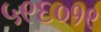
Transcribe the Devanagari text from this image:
५९६०१९